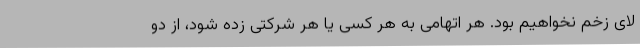
لای زخم نخواهیم بود. هر اتهامی به هر کسی یا هر شرکتی زده شود، از دو